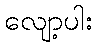
လျော့ပါး